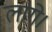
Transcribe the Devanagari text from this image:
लागे।